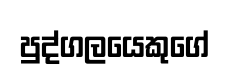
පුද්ගලයෙකුගේ